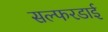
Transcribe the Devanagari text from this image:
सल्फरडाई